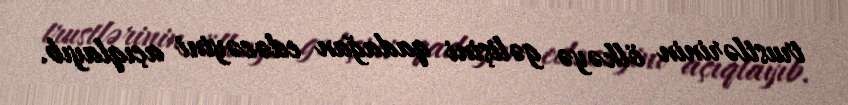
trustlərinin ölkəyə gəlişini qadağan edəcəyini açıqlayıb.